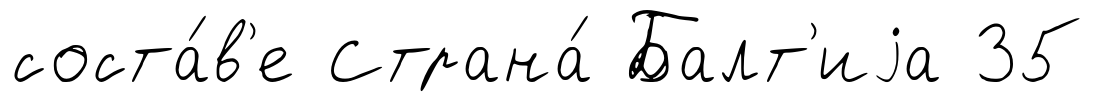
соста́в'е Страна́ Балт'иjа 35